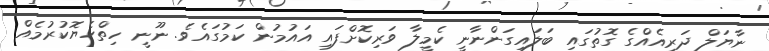
ނާޔަލް ދަރިއެއްގެ ގޮތުގައި ބަލައިގަންނާނީ ކެމީލާ ވަރިކޮށްފައި އައުމުން ކަމުގައެވެ. ނޫނީ ހިތްހެޔޮކުރުމެއް